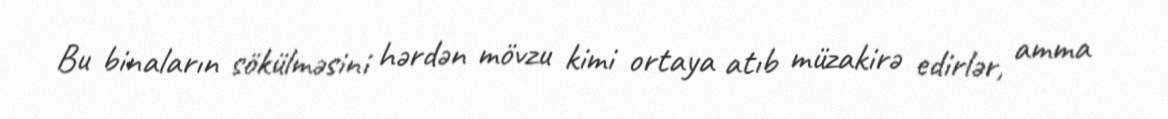
Bu binaların sökülməsini hərdən mövzu kimi ortaya atıb müzakirə edirlər, amma